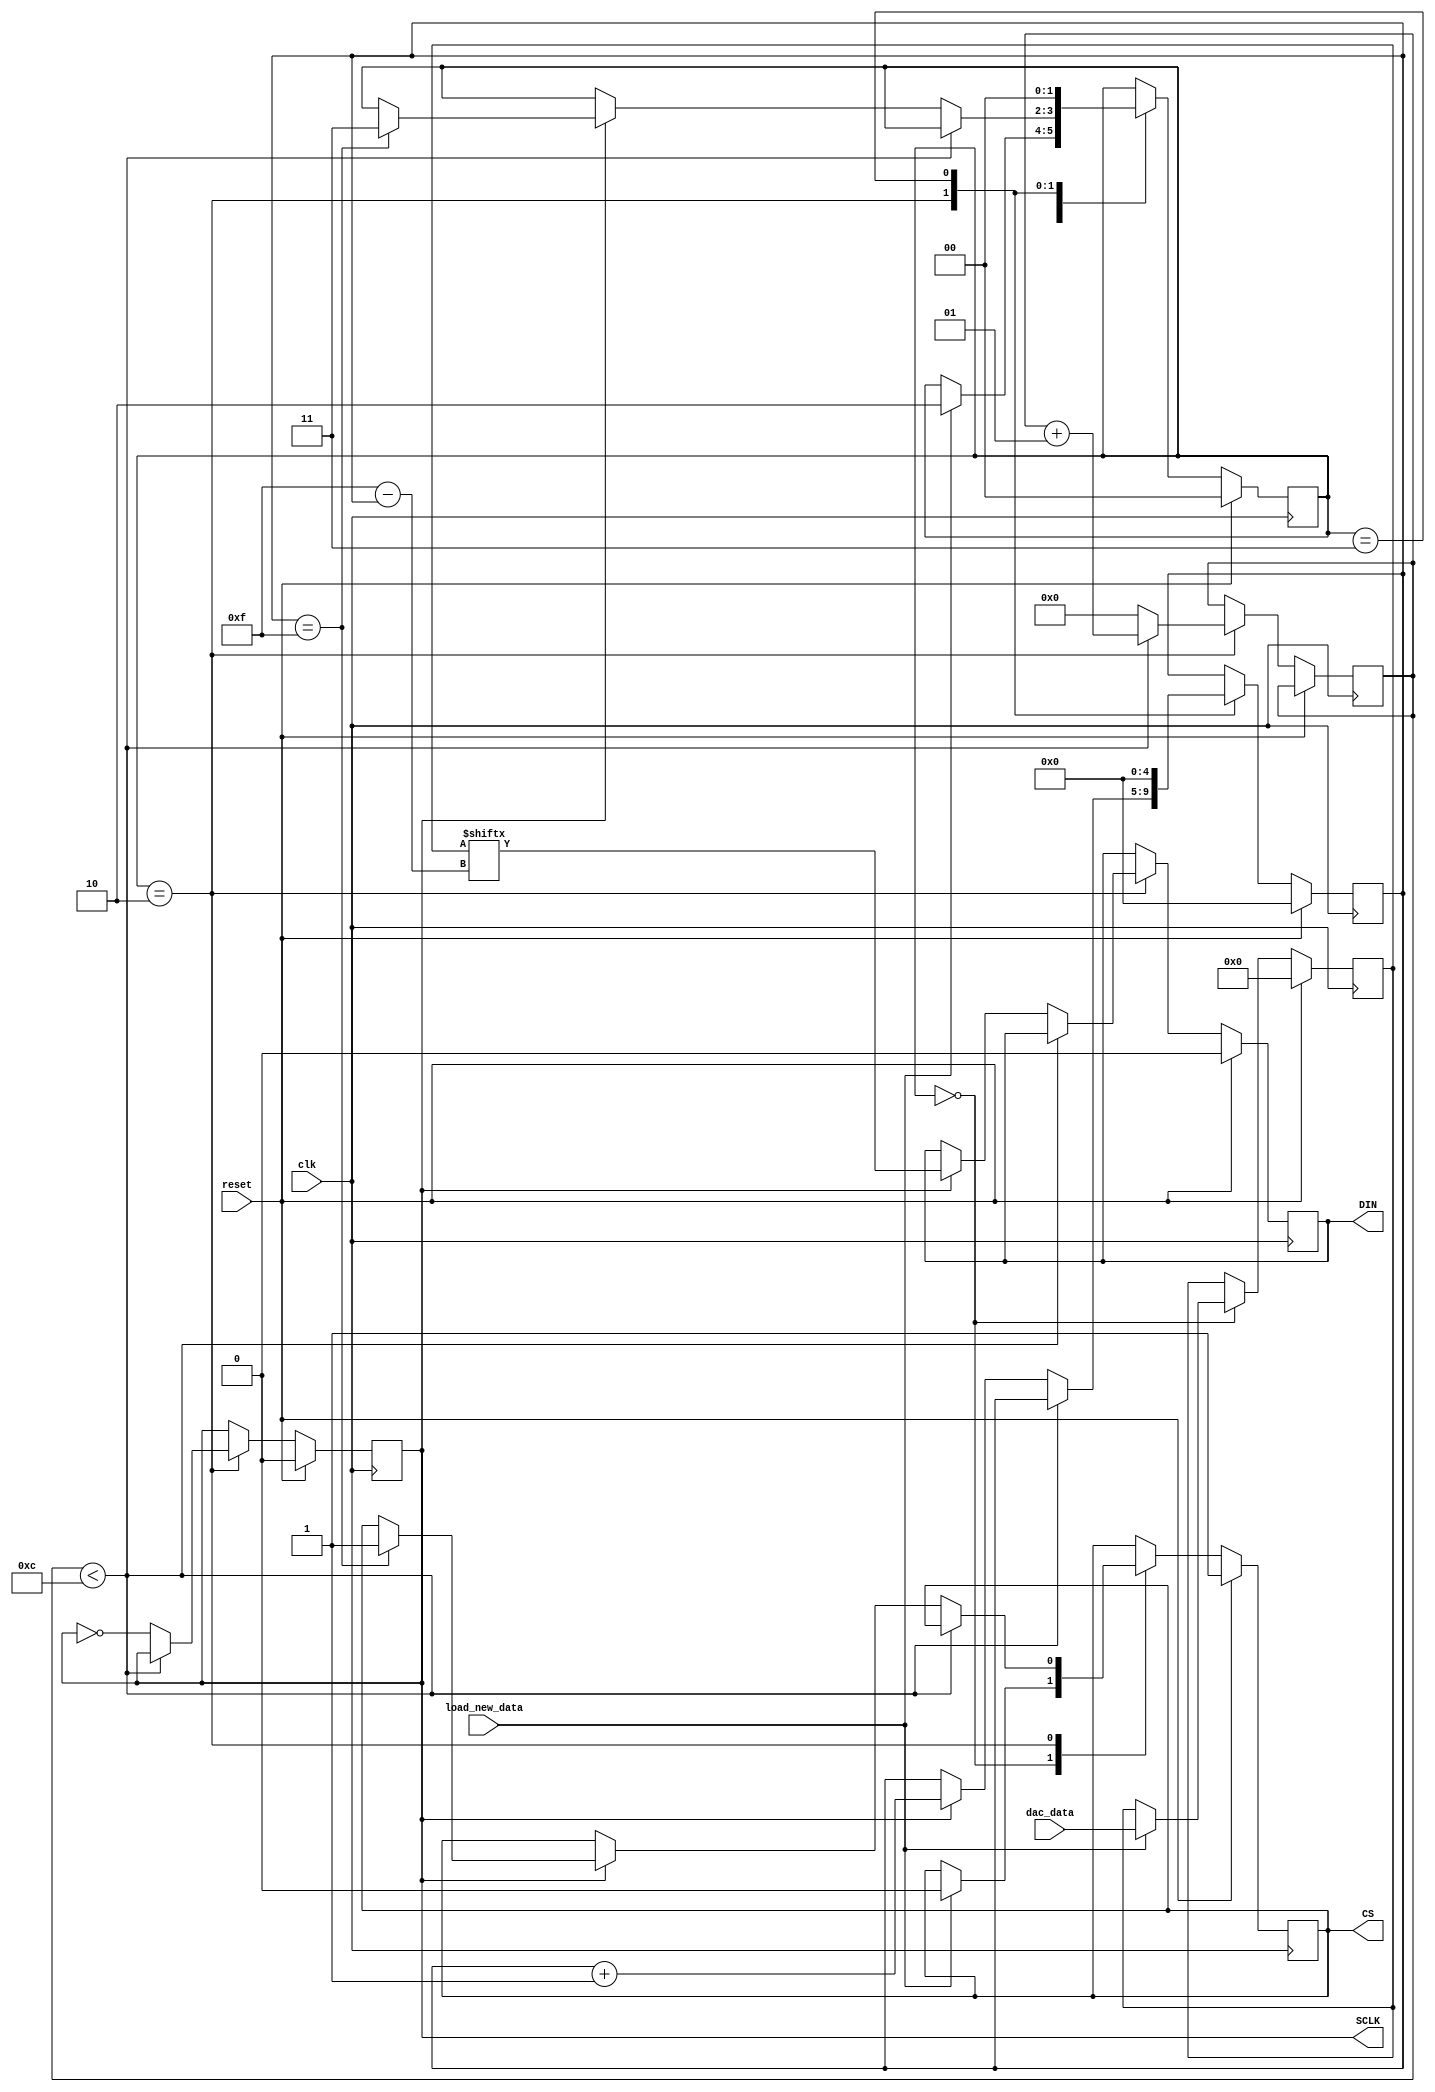
module DAC8581 (
    input wire clk,                // System clock
    input wire reset,              // Reset signal
    input wire [15:0] dac_data,    // New data input for updating the DAC
    input wire load_new_data,      // Trigger to load new data
    output reg SCLK,               // Serial Clock for DAC
    output reg DIN,                // Serial Data Input for DAC
    output reg CS                  // Chip Select for DAC
);

// SPI interface parameters
parameter SCLK_FREQ = 1_000_000; // Adjust as per your system clock
parameter CLOCK_DIV = 25_000_000 / (2 * SCLK_FREQ); // Adjust for your FPGA clock
integer counter = 0;
reg [15:0] data_to_send = 0; // Default initialization data
reg [4:0] bit_index = 0; // DAC8581 is 16-bit

// State machine for SPI
reg [1:0] state = 0;
parameter IDLE = 0, LOAD = 1, SEND_BIT = 2, WAIT = 3;

always @(posedge clk) begin
    if (reset) begin
        // Reset logic
        SCLK <= 0;
        DIN <= 0;
        CS <= 1;
        state <= IDLE;
        bit_index <= 0;
        data_to_send <= 0; // Initial value
    end else begin
        case (state)
            IDLE: begin
                if (load_new_data) begin
                    data_to_send <= dac_data; // Load new data
                    CS <= 0; // Activate DAC
                    state <= SEND_BIT;
                end
            end
            SEND_BIT: begin
                if (counter < CLOCK_DIV) begin
                    counter <= counter + 1;
                end else begin
                    counter <= 0;
                    SCLK <= ~SCLK;
                    if (SCLK == 1) begin
                        DIN <= data_to_send[15 - bit_index];
                        bit_index <= bit_index + 1;
                        if (bit_index == 15) begin
                            state <= WAIT;
                            CS <= 1; // Deactivate DAC
                        end
                    end
                end
            end
            WAIT: begin
                // Wait state or additional logic
                state <= IDLE; // Return to IDLE to accept new data
                bit_index <= 0;
            end
        endcase
    end
end

endmodule

/*
 * U11 74HC405 DAC8581 output selector driver
 *
 */

module DAC8581_output_selector(output en, 
										output s0,
										output s1,
										output s2);
										
	assign en = 0;
	assign s0 = 1;
	assign s1 = 0;
	assign s2 = 0;
										
endmodule